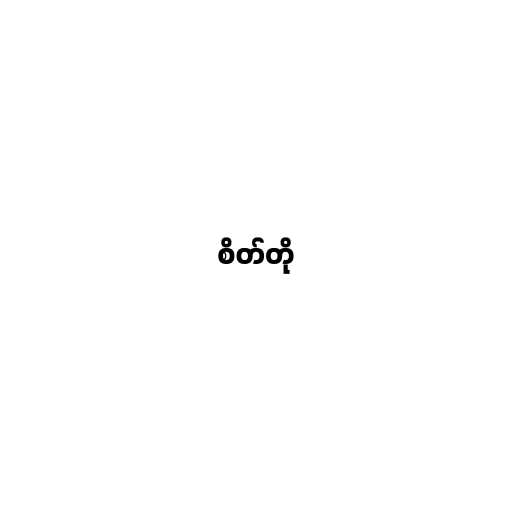
စိတ်တို